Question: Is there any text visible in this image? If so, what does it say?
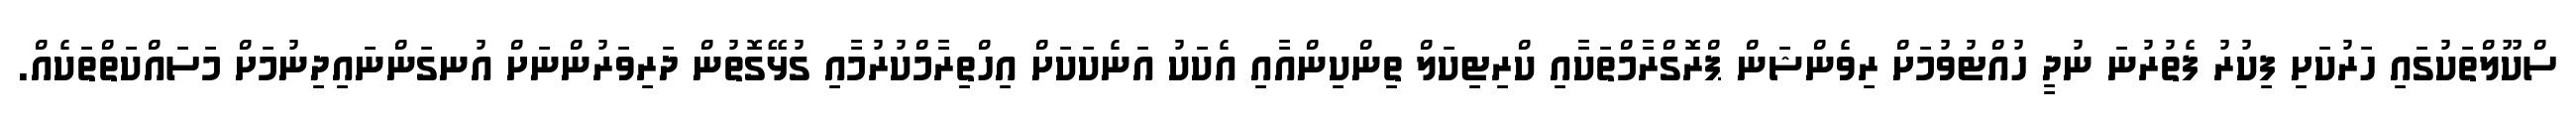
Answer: ސްކޫލްތަކުގައި ހަރުކަށި ފިކުރު ފެތުރުނަ ނުދީ ހުއްޓުވުމަށް ރިވެންޝަން ޕްރޮގްރާމްތަކާއި ކްރިޓިކަލް ތިންކިންއާއި އެކަކު އަނެކަކަށް އިހްތިރާމްކުރުމާއި ގުޅޭގޮތުން ދަރިވަރުންނަށް އުނގަންނައިދިނުމަށް މަސައްކަތްތަކެއް.